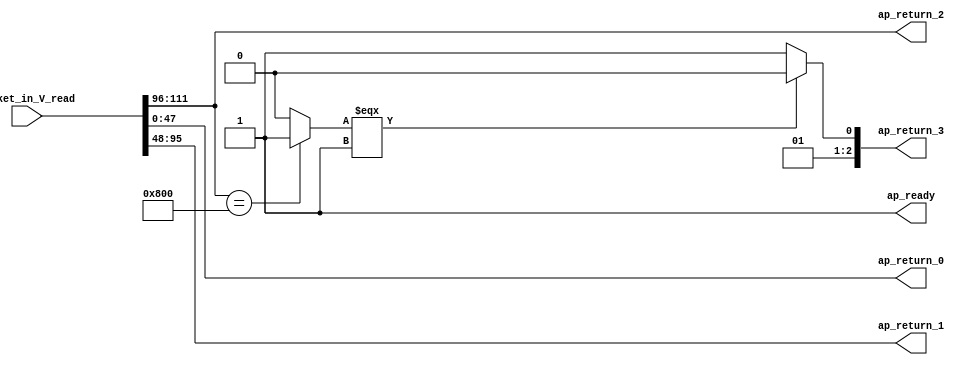
// ==============================================================
// RTL generated by Vivado(TM) HLS - High-Level Synthesis from C, C++ and SystemC
// Version: 2018.2
// Copyright (C) 1986-2018 Xilinx, Inc. All Rights Reserved.
// 
// ===========================================================

`timescale 1 ns / 1 ps 

module Parser (
        ap_ready,
        packet_in_V_read,
        ap_return_0,
        ap_return_1,
        ap_return_2,
        ap_return_3
);


output   ap_ready;
input  [255:0] packet_in_V_read;
output  [47:0] ap_return_0;
output  [47:0] ap_return_1;
output  [15:0] ap_return_2;
output  [2:0] ap_return_3;

wire   [15:0] p_Result_2_fu_54_p4;
wire   [0:0] cond_fu_64_p2;
wire   [47:0] tmp_fu_40_p1;
wire   [2:0] state_write_assign_c_fu_70_p3;

assign ap_ready = 1'b1;

assign ap_return_0 = tmp_fu_40_p1;

assign ap_return_1 = {{packet_in_V_read[95:48]}};

assign ap_return_2 = {{packet_in_V_read[111:96]}};

assign ap_return_3 = state_write_assign_c_fu_70_p3;

assign cond_fu_64_p2 = ((p_Result_2_fu_54_p4 == 16'd2048) ? 1'b1 : 1'b0);

assign p_Result_2_fu_54_p4 = {{packet_in_V_read[111:96]}};

assign state_write_assign_c_fu_70_p3 = ((cond_fu_64_p2[0:0] === 1'b1) ? 3'd2 : 3'd3);

assign tmp_fu_40_p1 = packet_in_V_read[47:0];

endmodule //Parser